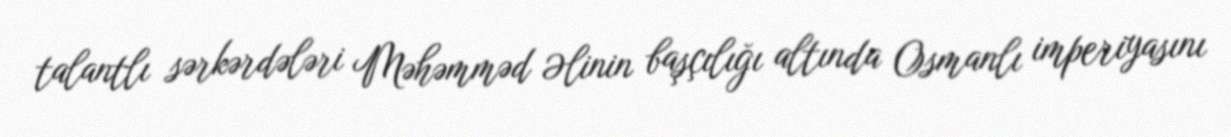
talantlı sərkərdələri Məhəmməd Əlinin başçılığı altında Osmanlı imperiyasını